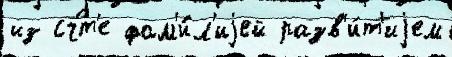
из сч́т'е фам'и́л'иjей разв'и́т'иjем